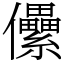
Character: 儽